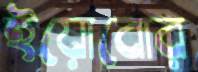
ইয়োবোর